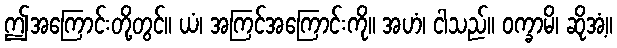
ဤအကြောင်းတို့တွင်။ ယံ၊ အကြင်အကြောင်းကို။ အဟံ၊ ငါသည်။ ဝက္ခာမိ၊ ဆိုအံ့။